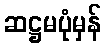
ဆဋ္ဌမပုံမှန်